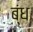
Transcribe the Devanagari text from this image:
ब्ंध